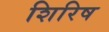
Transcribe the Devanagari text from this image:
शिरिष